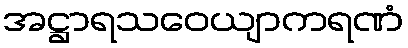
အဋ္ဌာရသဝေယျာကရဏံ